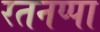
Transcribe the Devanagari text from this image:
रतनप्पा